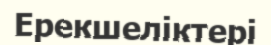
Ерекшеліктері